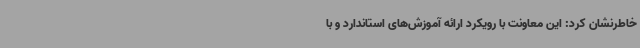
خاطرنشان کرد: این معاونت با رویکرد ارائه آموزش‌های استاندارد و با